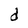
Character: d